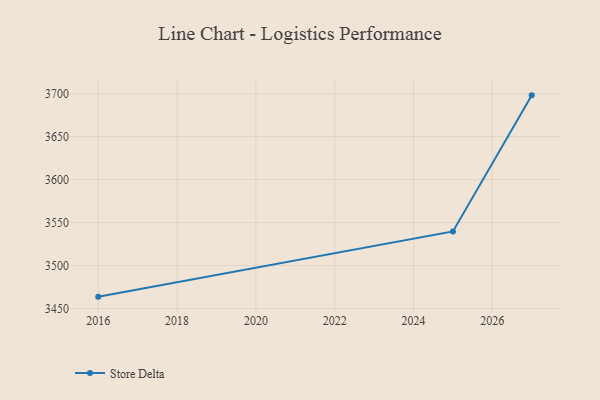
{"axis": {"x": "Year", "y": "Temperature (°C)"}, "legend": ["Store Delta"], "data": [{"x": "2016", "y": 3463.9, "type": "Store Delta"}, {"x": "2025", "y": 3539.7, "type": "Store Delta"}, {"x": "2027", "y": 3697.9, "type": "Store Delta"}]}